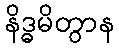
နိဒ္ဓမိတွာန